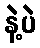
နဲ့ပဲ